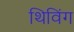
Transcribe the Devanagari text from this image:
थिविंग